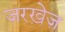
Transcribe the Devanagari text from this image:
ज़रख़ेज़